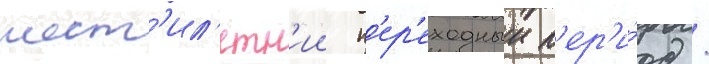
шест'ил'етн'ии п'ер'еходныи п'ер'и́од /